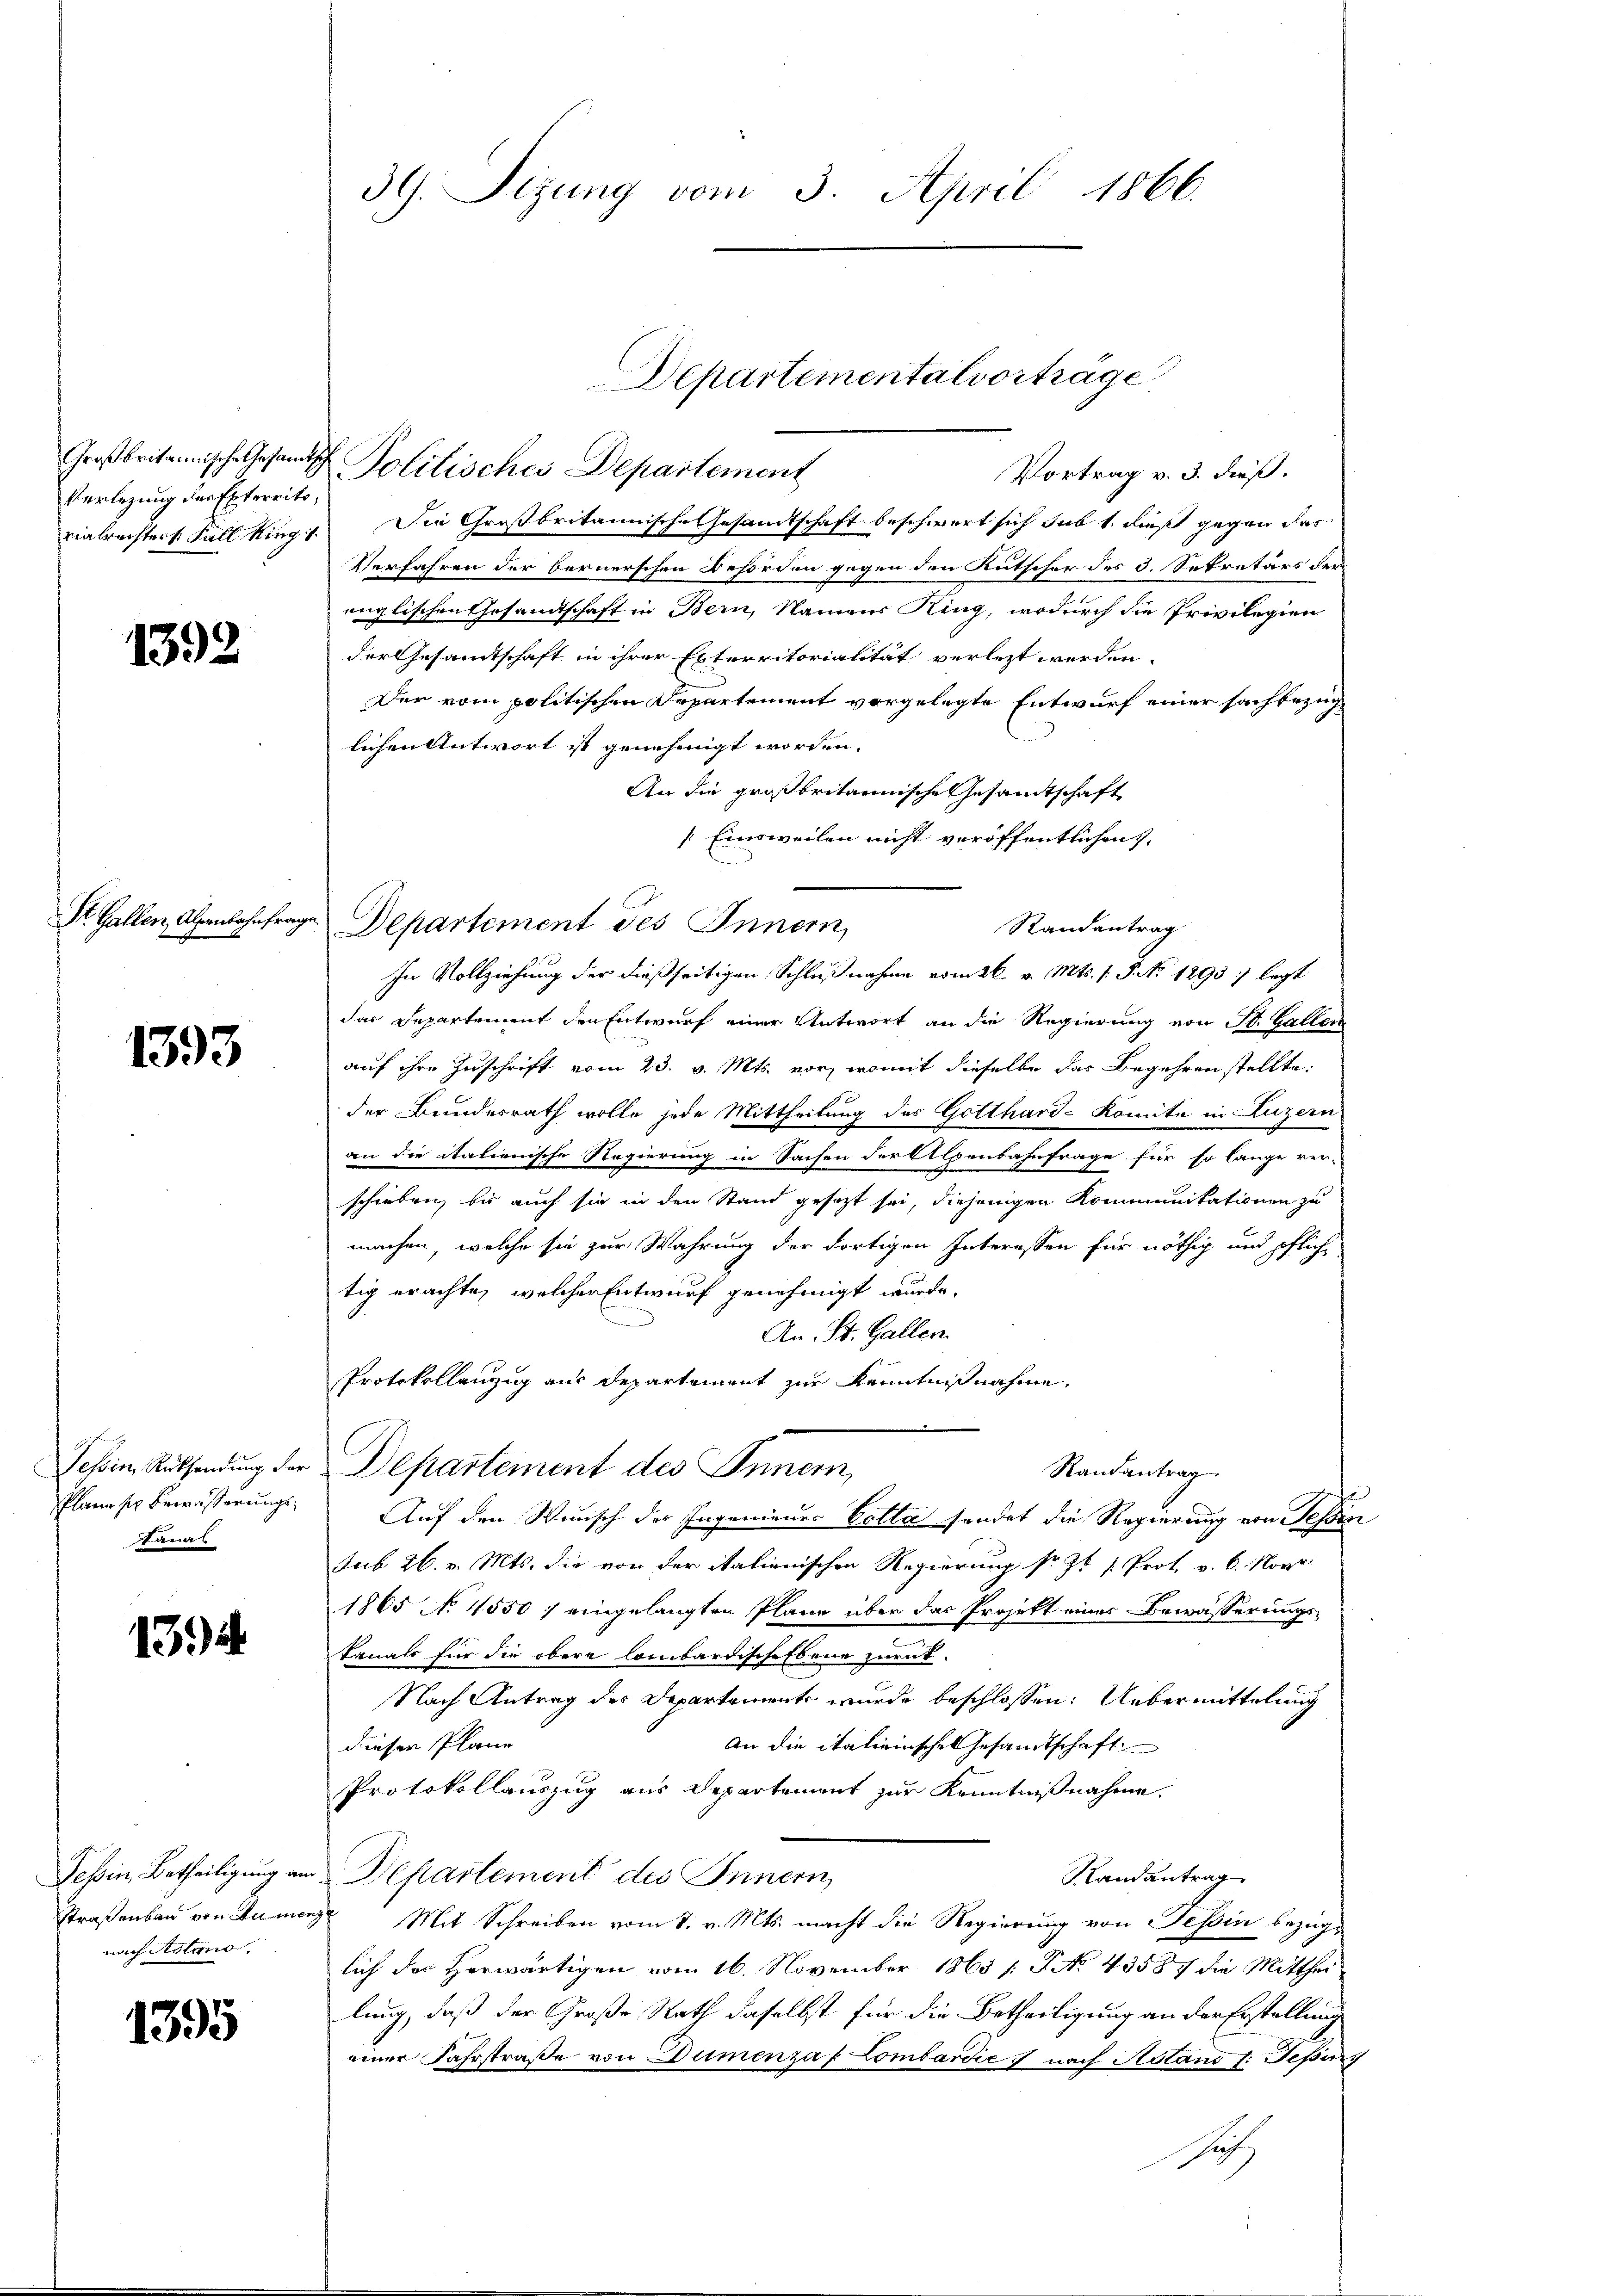
Großbritannische Gesandt¬
Verlegung des Exterrito
rialrechter Fall Ring

1392

Str. Gallen, Alpenbahnfra¬

1393

Tessin, Rücksendung der
Plane sich Bewässerungs¬
Janas

139

Tessin, Betheiligung am
Straßenbau von Rumer
nach Adleno

1395

39. Sizung vom 3. April 1866.

Departementalvortrage

Politisches Departement
Vortrag v. 3. dieß.
Die Großbritannische Gesamtschaft beschwert sich subt, daß gegen das
Verfahren der bernerschen Behörden gegen den Kutscher des 3. Sekretärs der
englischen Gesandtschaft in Bern, Namens Ring, wodurch die Privilegien
der Gesamtschaft in ihrer Exterritorialität verletzt werden.
Der vom politischen Departement vorgelegte Entwurf einer sachbezug
lichen Antwort ist genehmigt worden.
An die großbritannische Gesamtschaft
Einsweilen nicht veröffentlichen
Departement des Innern,
Randantrag
In Vollziehung der dießseitigen Schlußnahme vom 26. v. Mts. 1. P. No 1293 legt
das Departement den Entwurf einer Antwort an die Regierung von St. Galler
auf ihre Zuschrift vom 23. v. Mts. vor, womit dieselbe das Begehren stellte.
der Bunderrath wolle jede Mittheilung des Gotthard-Komitie in Luzern
an die italienische Regierung in Sachen der Alpenbahnfrage für so lange ver-
schieben, bis auch sie in den Stand gesezt sei, diejenigen Kommunitationen zu
machen, welche sie zur Wahrung der dortigen Interessen für nöthig und pflich-
tig erachte, welcher Entwurf genehmigt wurde,
An St. Gallen.
Protokollenzug aus Departement zur Kenntnißnahme.
Departement des Innern,
Randantrag.
Auf den Wunsch der Ingenieues Betta sendet die Regierung von Tessi
sub 26. v. Mts. die von der italienischen Regierung sr. Zt /: Prot. v. 6. Nov.
1865 No 4550 / eingelangten Plane über das Projekt einer Bewässerungs-
kanals für die obere Combardische Ebene zurück
Nach Antrag des Departements wurde beschlossen: Uebermittelung
diesen Plane
An die italieinsches Gesandtschaft
Protokollauszug aus Departement zur Kenntnißnahme.
Landantrag
Departement des Innern,
 Mit Schreiben vom 1. v. Mts. macht die Regierung von Tessin bezugs
lich der Herwärtigen vom 16. November 1865 / NNo. 43587 die Mittheilung, daß der Große Rath daselbst für die Betheiligung an der Erstellung
einer Fahrstraße von Dimenzaf Lombardić) nach Rotano l. Separz
such